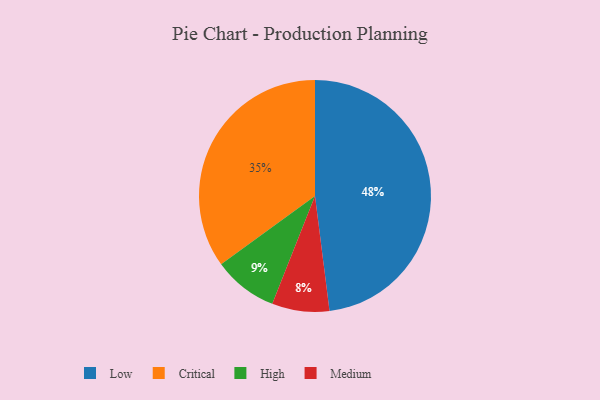
{"axis": {"x": "Category", "y": "Percentage"}, "legend": ["Critical", "High", "Low", "Medium"], "data": [{"x": "Medium", "y": 8, "type": "Medium"}, {"x": "Critical", "y": 35, "type": "Critical"}, {"x": "Low", "y": 48, "type": "Low"}, {"x": "High", "y": 9, "type": "High"}]}